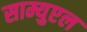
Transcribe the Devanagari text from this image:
साम्युएल